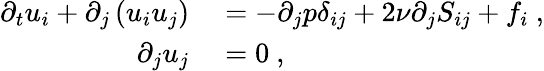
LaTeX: \begin{array}{rl}{\partial_{t}u_{i}+\partial_{j}\left(u_{i}u_{j}\right)}&{{}=-\partial_{j}p\delta_{ij}+2\nu\partial_{j}S_{ij}+f_{i}\ ,}\\ {\partial_{j}u_{j}}&{{}=0\ ,}\end{array}